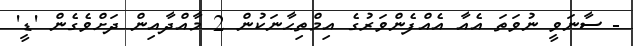
- ސާނަވީ ނުވަތަ އެއާ އެއްފެންވަރުގެ އިމްތިޙާނަކުން 2 މާއްދާއިން ދަށްވެގެން 'ޑީ'